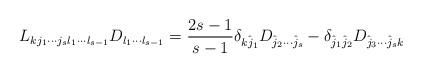
LaTeX: \begin{align*} L_{k j_1 \cdots j_s l_1\cdots l_{s-1}}D_{l_1 \cdots l_{s-1}} = \frac{2s-1}{s-1}\delta_{\hat{kj_1}}D_{\hat{j}_2 \cdots \hat{j}_s} - \delta_{\hat{j}_1\hat{j}_2}D_{\hat{j}_3 \cdots \hat{j}_sk} \end{align*}